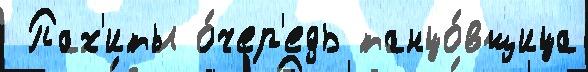
 Пах'иты о́чер'едь танцо́вщица